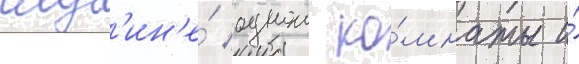
глуб'ин'е́ однои ко́мнаты и́